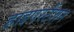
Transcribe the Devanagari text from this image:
हाइपरटैंशन